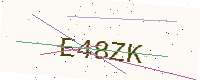
Text: E48ZK